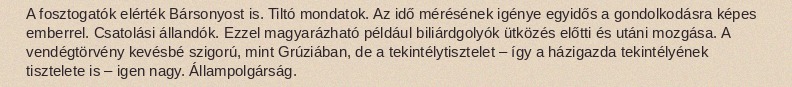
A fosztogatók elérték Bársonyost is. Tiltó mondatok. Az idő mérésének igénye egyidős a gondolkodásra képes emberrel. Csatolási állandók. Ezzel magyarázható például biliárdgolyók ütközés előtti és utáni mozgása. A vendégtörvény kevésbé szigorú, mint Grúziában, de a tekintélytisztelet – így a házigazda tekintélyének tisztelete is – igen nagy. Állampolgárság.